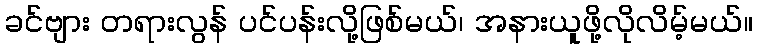
ခင်ဗျား တရားလွန် ပင်ပန်းလို့ဖြစ်မယ်၊ အနားယူဖို့လိုလိမ့်မယ်။